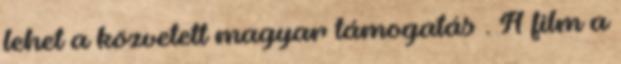
lehet a közvetett magyar támogatás . A film a